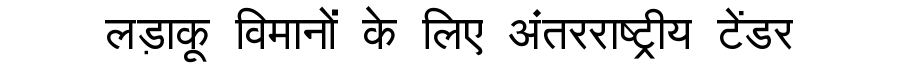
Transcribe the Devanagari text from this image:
लड़ाकू विमानों के लिए अंतरराष्ट्रीय टेंडर